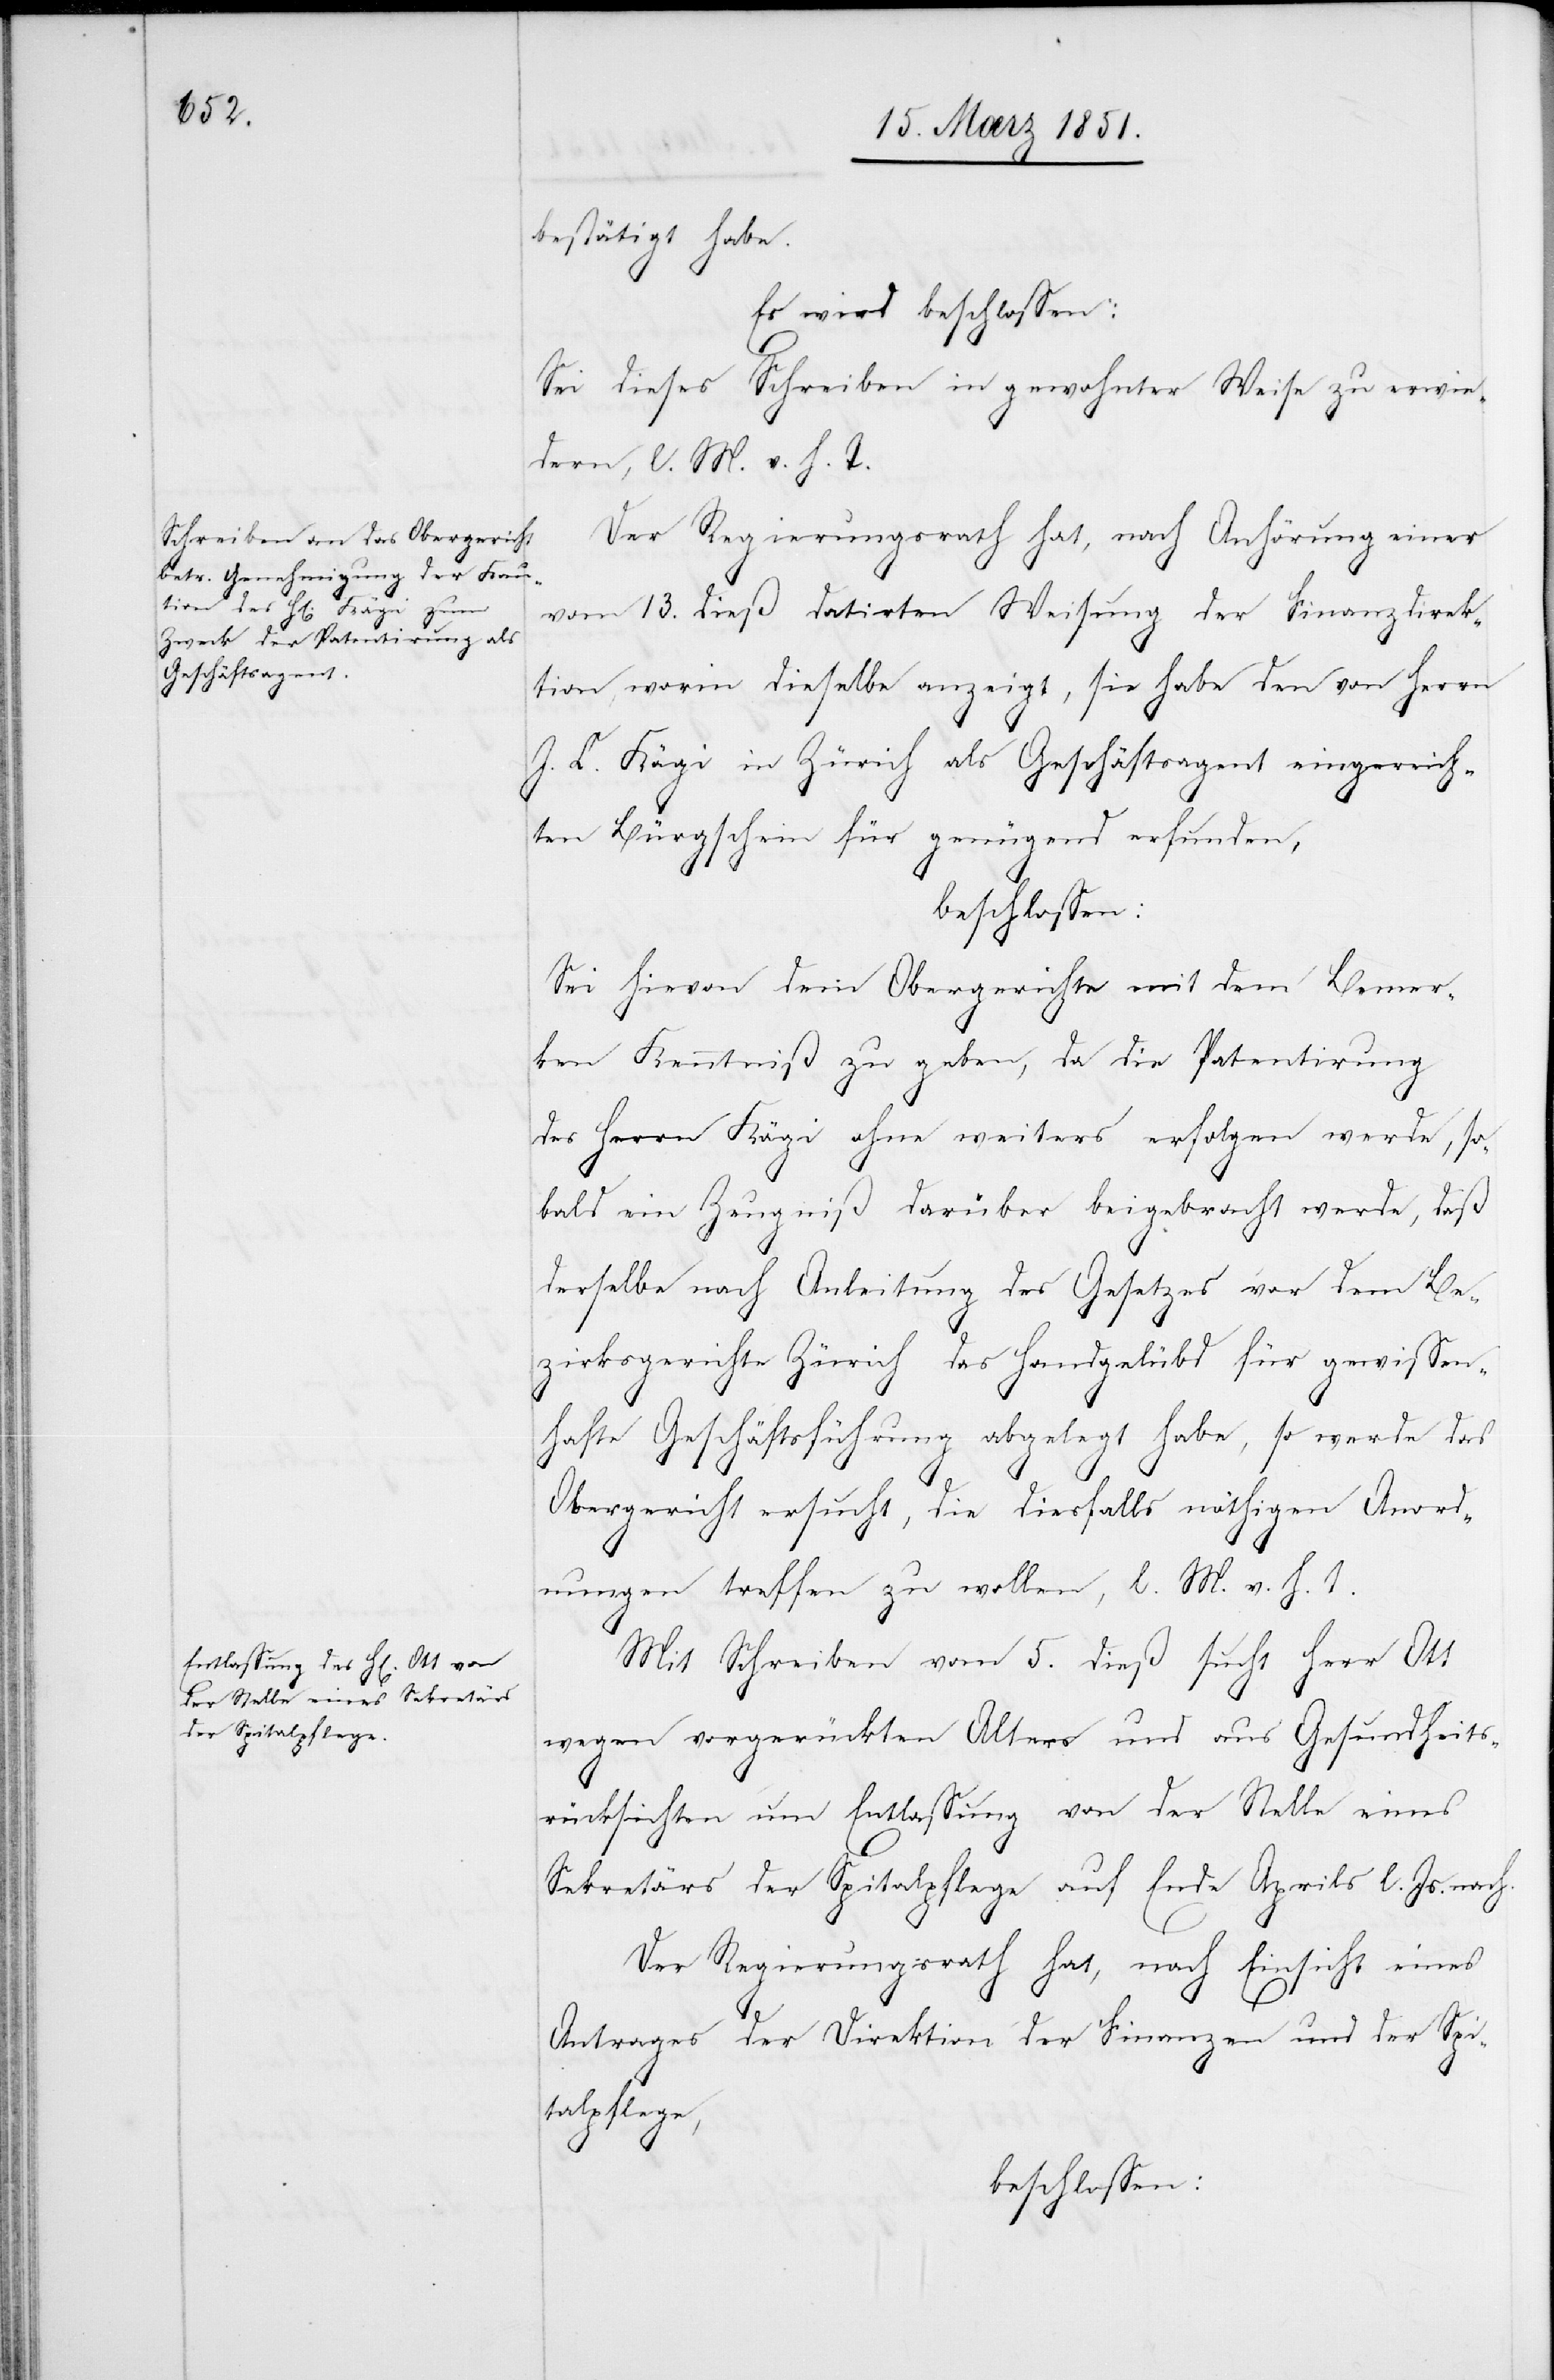
Es wird beschlossen:
Sei dieses Schreiben in gewohnter Weise zu erwie¬
dern, l. M. v. h. T.
Der Regierungsrath hat, nach Anhörung einer
vom 13. dieß datirten Weisung der Finanzdirek¬
tion, worin dieselbe anzeigt, sie habe den von Herrn
J. C. Kägi in Zürich als Geschäftsagent eingereich¬
ten Bürgschein für genügend erfunden,
beschlossen:
Sei hievon dem Obergerichte mit dem Bemer¬
ken Kenntniß zu geben, da die Patentirung
des Herrn Kägi ohne weiters erfolgen werde, so¬
bald ein Zeugniß darüber beigebracht werde, daß
derselbe nach Anleitung des Gesetzes vor dem Be¬
zirksgerichte Zürich das Handgelübd für gewissen¬
hafte Geschäftsführung abgelegt habe, so werde das
Obergericht ersucht, die diesfalls nöthigen Anord¬
nungen treffen zu wollen, l. M. v. h. T.
Mit Schreiben vom 5. dieß sucht Herr Ott
wegen vorgerückten Alters und aus Gesundheits¬
rücksichten um Entlassung von der Stelle eines
Sekretärs der Spitalpflege auf Ende Aprils l. Js. nach.
Der Regierungsrath hat, nach Einsicht eines
Antrages der Direktion der Finanzen und der Spi¬
talpflege,
beschlossen: